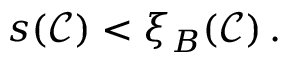
\begin{array} { r } { s ( \mathcal { C } ) < \xi _ { B } ( \mathcal { C } ) \, . } \end{array}